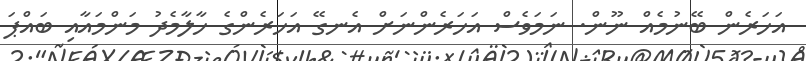
އަހަރެން ބޭނުމެއް ނޫން. ނަމަވެސް އަހަރެންނަށް އެނގޭ އަހަރެންގެ ހާލާމެދު މަންމައާއި ބައްޕަ